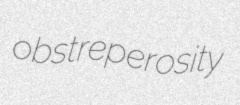
obstreperosity